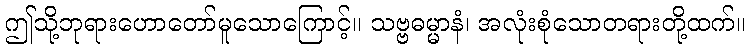
ဤသို့ဘုရားဟောတော်မူသောကြောင့်။ သဗ္ဗဓမ္မာနံ၊ အလုံးစုံသောတရားတို့ထက်။